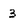
Character: 3